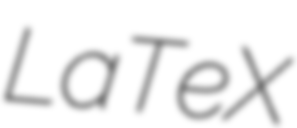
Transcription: LaTeX